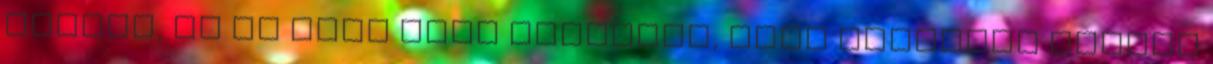
várost, és ha csak arra gondolok, hogy Adanaban mindig